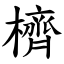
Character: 櫅